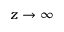
z \rightarrow \infty